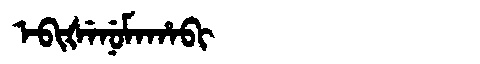
Manchu: ᡝᠪᡳᡧᡝᠨᡠᠮᠠᡥᠠᠪᡳ
Romanization: EBIŠENUMAHABI